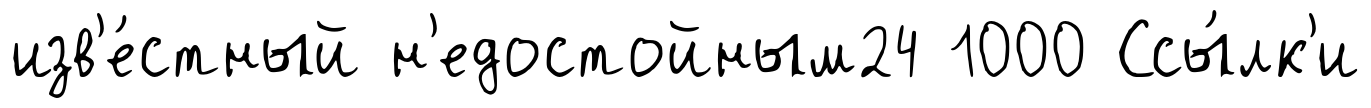
изв'е́стный н'едостойным24 1000 Ссы́лк'и